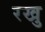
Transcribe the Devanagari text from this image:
रखु